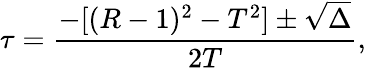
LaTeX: \tau=\frac{-[(R-1)^{2}-T^{2}]\pm\sqrt{\Delta}}{2T},